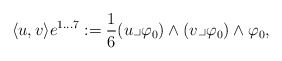
\begin{align*} \langle u,v \rangle e^{1\dots 7}:=\frac{1}{6} (u\lrcorner \varphi_{0} ) \wedge (v\lrcorner\varphi_{0} ) \wedge \varphi_{0},\end{align*}